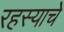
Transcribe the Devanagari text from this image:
रहस्याचे